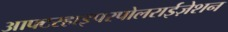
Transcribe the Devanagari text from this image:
आफ्टरहाइपरपोलराईज़ेशन